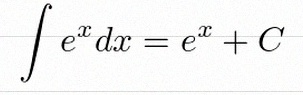
\int e^x dx=e^x+C